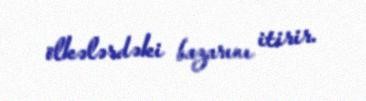
ölkələrdəki bazarını itirir.